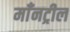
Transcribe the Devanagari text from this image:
माँनट्रील